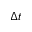
\Delta t